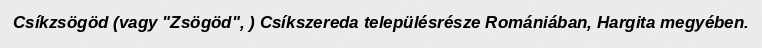
Csíkzsögöd (vagy "Zsögöd", ) Csíkszereda településrésze Romániában, Hargita megyében.